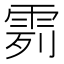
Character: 𩂶